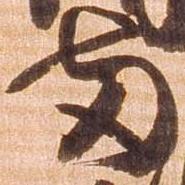
両